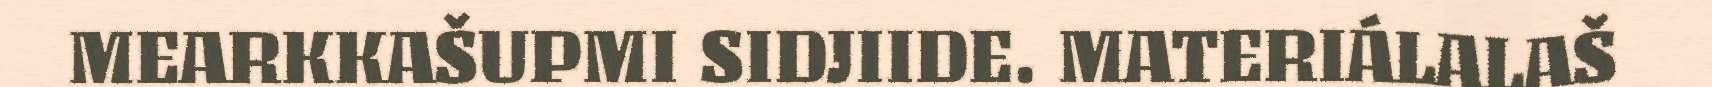
MEARKKAŠUPMI SIDJIIDE. MATERIÁLALAŠ